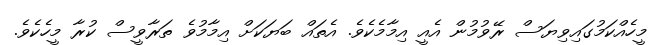
މީހެއްކަމުގައިވިޔަސް ރޭވުމުން އެއީ އިމާމެކެވެ. އެތައް ބަޔަކަށް އިމާމުވެ ތަރާވީސް ކުރާ މީހެކެވެ.